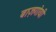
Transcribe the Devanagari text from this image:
बाज़गोयी